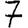
Digit: 7